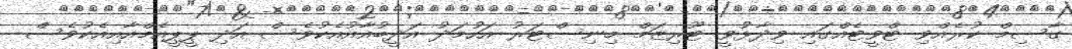
ގާސިމް ކުރެއްވި ޓްވީޓެއްގައި ވިދާޅުވީ ޓޫރިޒަމް މިނިސްޓަރު އަހުމަދު އަދީބުއާއުއެކުވެސް އަދި ޕީޕީއެމްއާއިއެކުވެސް